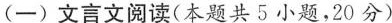
(一）文言文阅读(本题共5小题，20分)